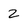
Character: 2